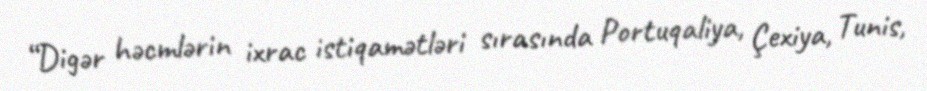
“Digər həcmlərin ixrac istiqamətləri sırasında Portuqaliya, Çexiya, Tunis,